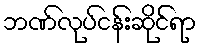
ဘဏ်လုပ်ငန်းဆိုင်ရာ